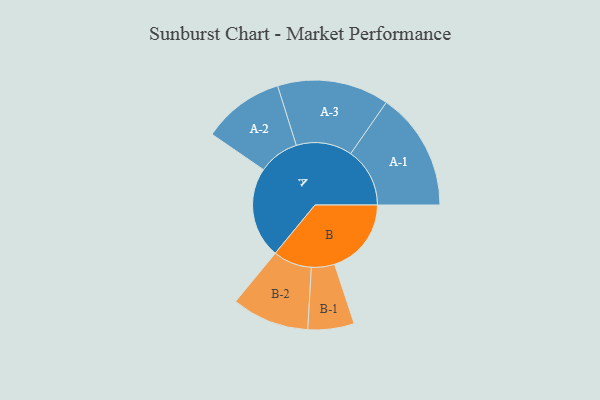
{"axis": {"x": "Segment", "y": "Value"}, "legend": ["", "A", "B"], "data": [{"x": "A", "y": 397, "type": ""}, {"x": "B", "y": 335, "type": ""}, {"x": "A-1", "y": 258, "type": "A"}, {"x": "A-2", "y": 178, "type": "A"}, {"x": "A-3", "y": 244, "type": "A"}, {"x": "B-1", "y": 101, "type": "B"}, {"x": "B-2", "y": 169, "type": "B"}]}